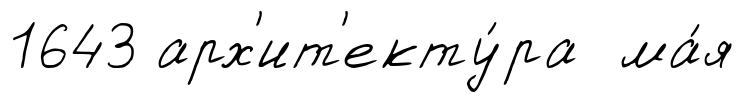
1643 арх'ит'екту́ра ма́я